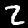
Label: 2